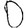
Digit: 0